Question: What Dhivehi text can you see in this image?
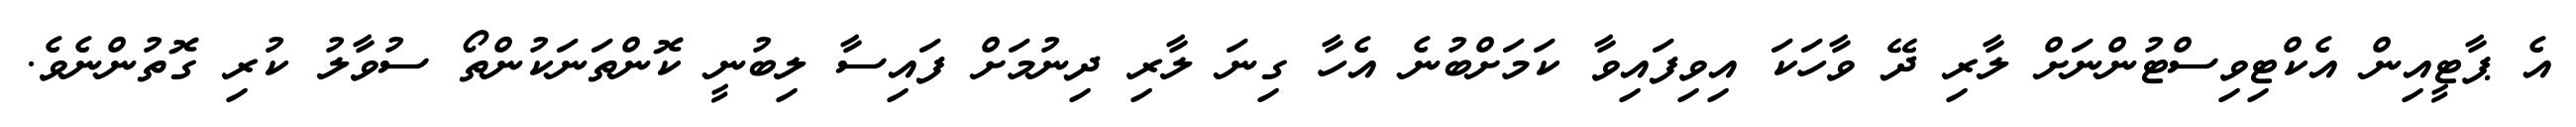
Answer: އެ ޕާޓީއިން އެކްޓިވިސްޓުންނަށް ލާރި ދޭ ވާހަކަ އިވިފައިވާ ކަމަށްބުނެ އެހާ ގިނަ ލާރި ދިނުމަށް ފައިސާ ލިބުނީ ކޮންތަނަކުންތޯ ސުވާލު ކުރި ގޮތުންނެވެ.